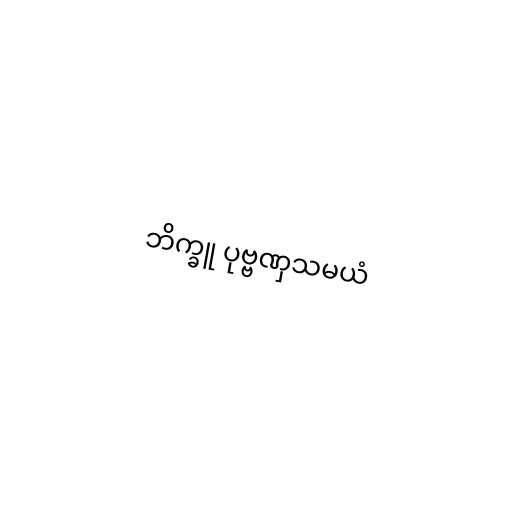
ဘိက္ခူ ပုဗ္ဗဏှသမယံ